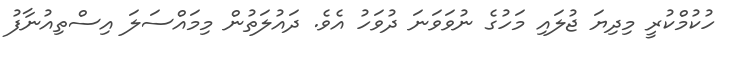
ހުކުމްކުރީ މިދިޔަ ޖުލައި މަހުގެ ނުވަވަނަ ދުވަހު އެވެ. ދައުލަތުން މިމައްސަލަ އިސްތިއުނާފު